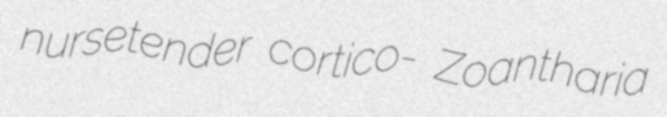
nursetender cortico- Zoantharia